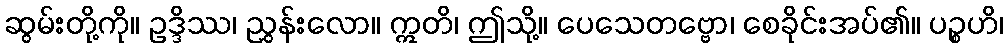
ဆွမ်းတို့ကို။ ဥဒ္ဒိဿ၊ ညွှန်းလော။ ဣတိ၊ ဤသို့။ ပေသေတဗ္ဗော၊ စေခိုင်းအပ်၏။ ပဉ္စဟိ၊